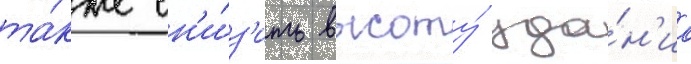
та́кже сн'и́з'ить высоту́ зда́н'иа